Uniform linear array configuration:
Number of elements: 4
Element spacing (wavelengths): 0.25
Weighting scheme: kaiser
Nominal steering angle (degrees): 15
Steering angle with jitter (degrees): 16.388
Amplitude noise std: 0.05
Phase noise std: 0.05

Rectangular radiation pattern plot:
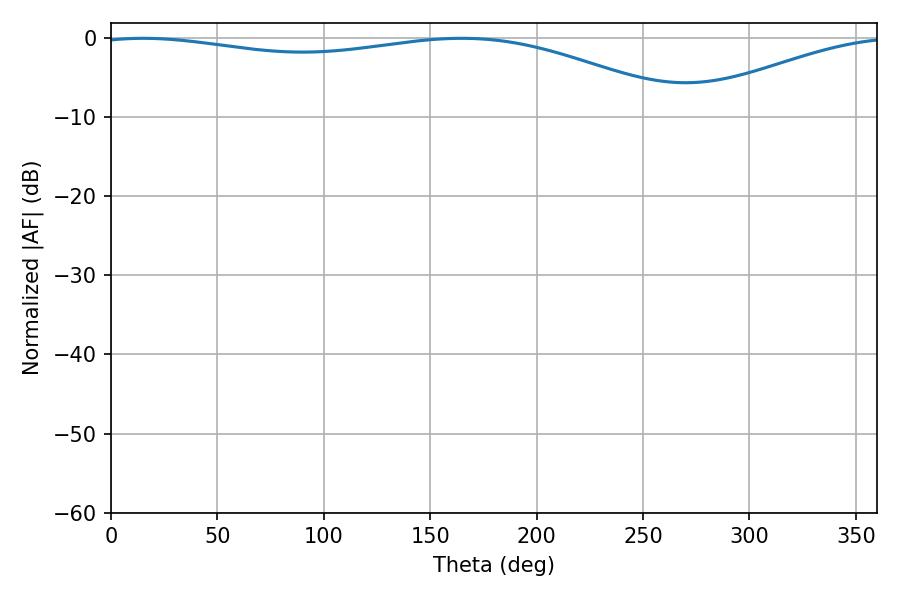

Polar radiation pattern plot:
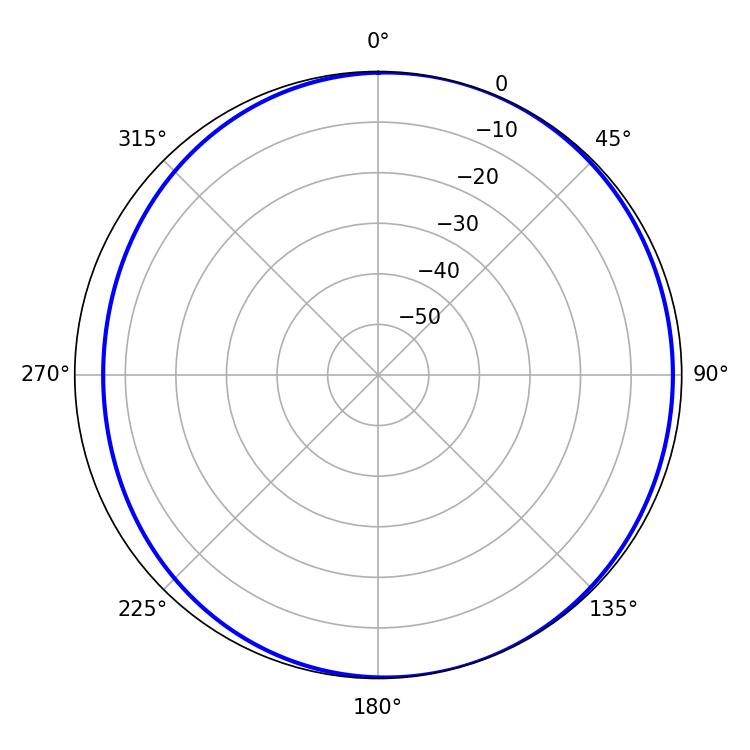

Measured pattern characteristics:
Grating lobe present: FALSE
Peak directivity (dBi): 4.39
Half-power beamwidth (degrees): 224.1
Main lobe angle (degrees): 15.12